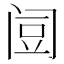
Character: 𰿯